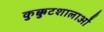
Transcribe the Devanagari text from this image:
कुक्कुटशालाओं